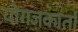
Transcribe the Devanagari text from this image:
योगजकार्ता